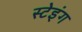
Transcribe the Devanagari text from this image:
स्टेइंग